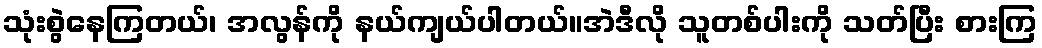
သုံးစွဲနေကြတယ်၊ အလွန်ကို နယ်ကျယ်ပါတယ်။အဲဒီလို သူတစ်ပါးကို သတ်ပြီး စားကြ